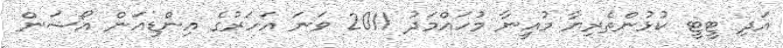
އަދި ޓީޓީ ކުޅުންތެރިޔާ މުއީނާ މުހައްމަދު 2011 ވަނަ އަހަރުގެ އިންޑިއަން އޯޝަން